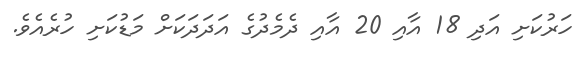
ހަރުކަށި އަދި 18 އާއި 20 އާއި ދެމެދުގެ އަދަދަކަށް މަޑުކަށި ހުރެއެވެ.